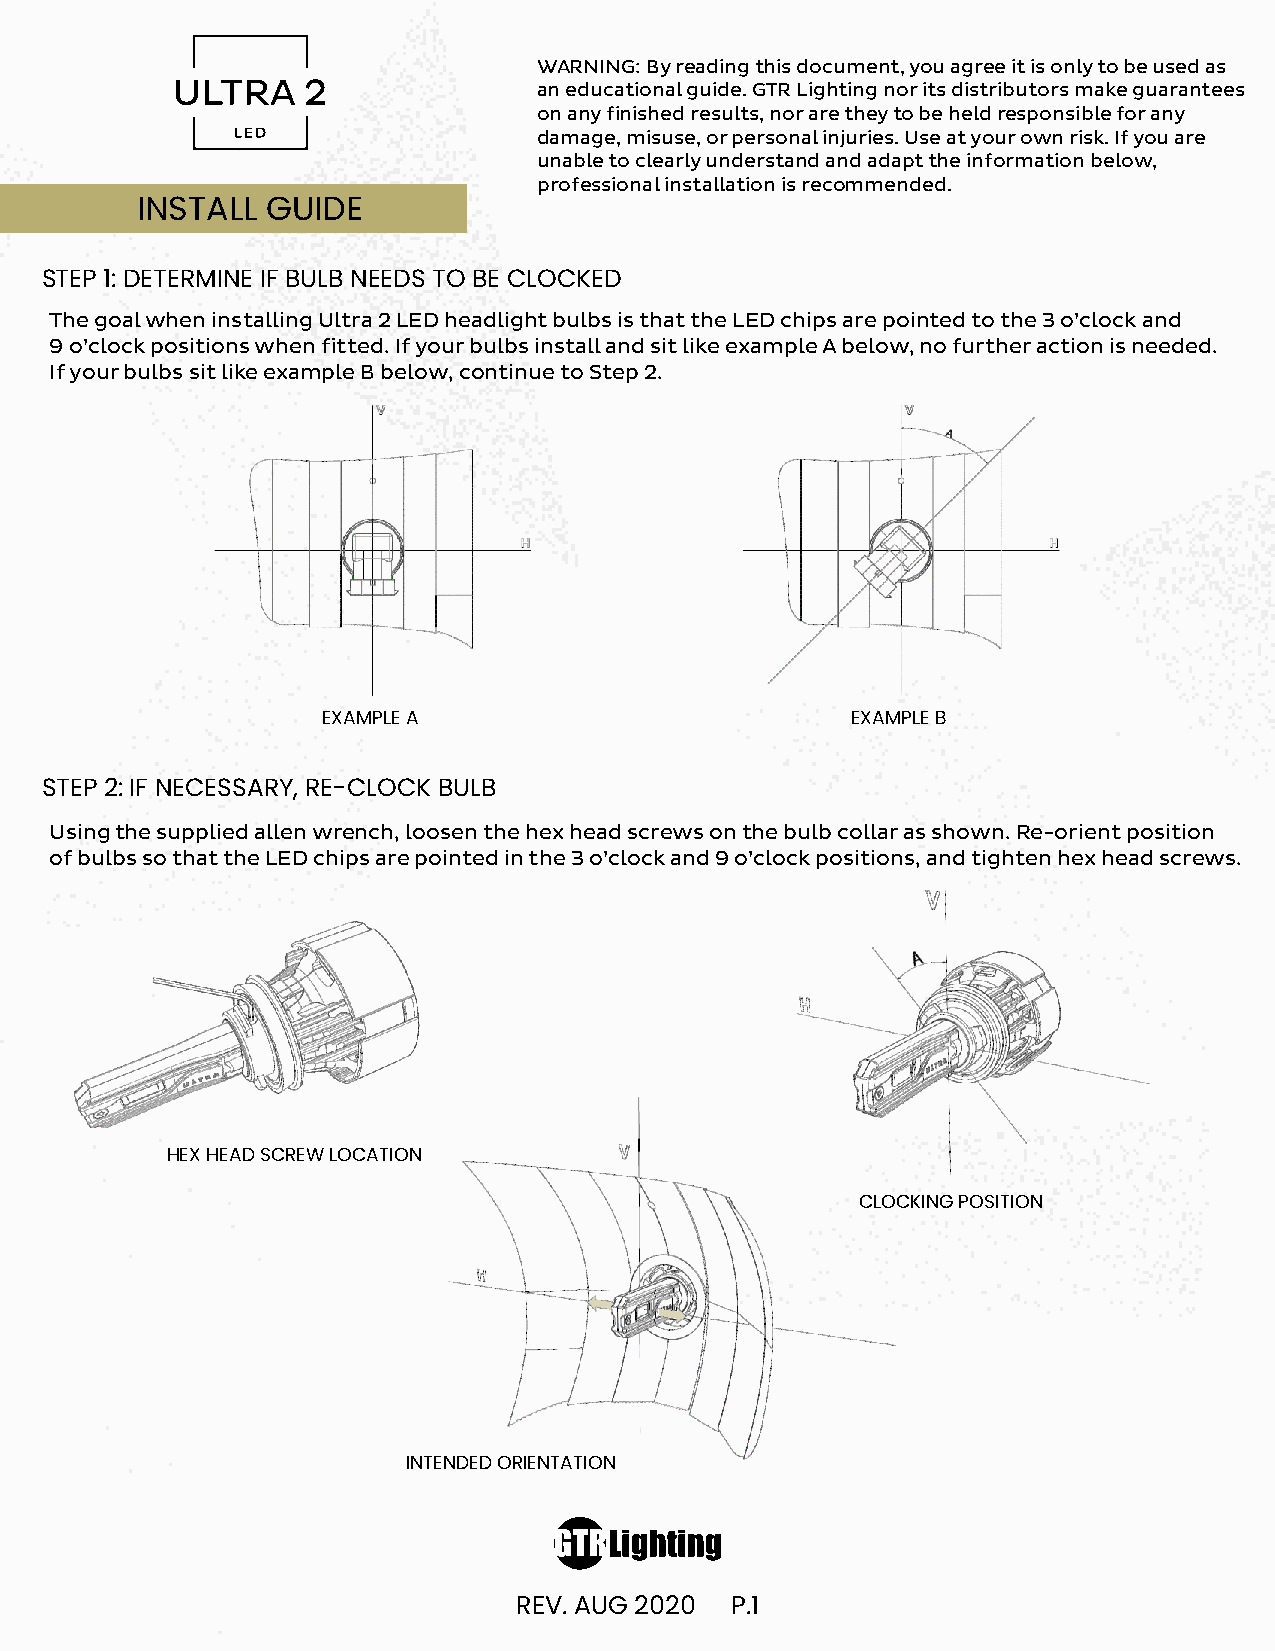
WARNING: By reading this document, you agree it is only to be used as
 an educational guide. GTR Lighting nor its distributors make guarantees
 on any finished results, nor are they to be held responsible for any
 damage, misuse, or personal injuries. Use at your own risk. If you are
 unable to clearly understand and adapt the information below,
 professional installation is recommended.
 INSTALL  GUIDE
 STEP 1: DETERMINE IF BULB NEEDS TO BE CLOCKED
 The goal when installing Ultra 2 LED headlight bulbs is that the LED chips are pointed to the 3 o’clock and
 9 o’clock positions when fitted. If your bulbs install and sit like example A below, no further action is needed.
 If your bulbs sit like example B below, continue to Step 2.
 EXAMPLE A                          EXAMPLE B
 STEP 2: IF NECESSARY, RE-CLOCK BULB
 Using the supplied allen wrench, loosen the hex head screws on the bulb collar as shown. Re-orient position
 of bulbs so that the LED chips are pointed in the 3 o’clock and 9 o’clock positions, and tighten hex head screws.
 HEX HEAD SCREW LOCATION
 CLOCKING POSITION
 INTENDED ORIENTATION
 REV. AUG 2020 P.1